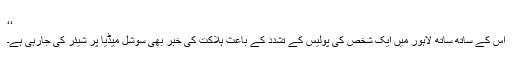
‘‘
اس کے ساتھ ساتھ لاہور میں ایک شخص کی پولیس کے تشدد کے باعث ہلاکت کی خبر بھی سوشل میڈیا پر شیئر کی جارہی ہے۔